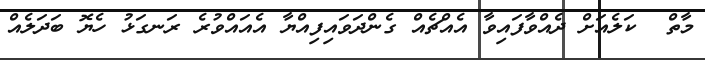
މާތް  ކަލެއަށް ދެއްވާފައިވާ އެއްޗެއް ގެންދަވައިފިއްޔާ އެއައްވުރެ ރަނގަޅު ހެޔޮ ބަދަލެއް